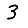
Digit: 3